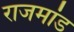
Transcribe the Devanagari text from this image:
राजमांड